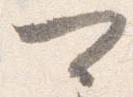
可